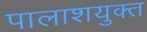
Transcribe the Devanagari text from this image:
पालाशयुक्त